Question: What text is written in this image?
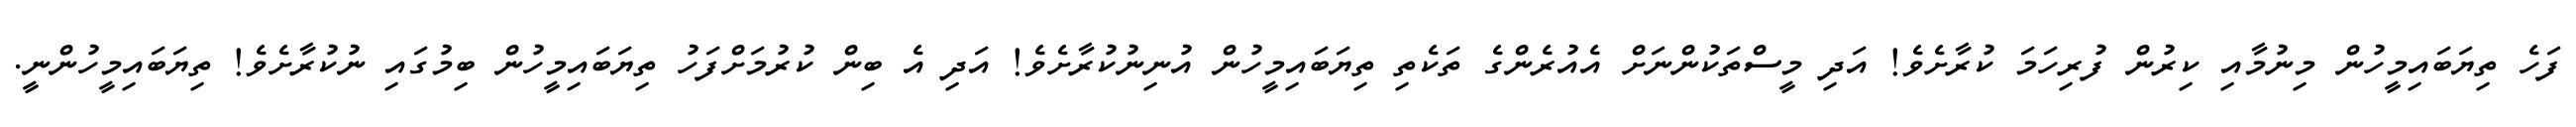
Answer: ފަހެ ތިޔަބައިމީހުން މިނުމާއި ކިރުން ފުރިހަމަ ކުރާށެވެ! އަދި މީސްތަކުންނަށް އެއުރެންގެ ތަކެތި ތިޔަބައިމީހުން އުނިނުކުރާށެވެ! އަދި އެ ބިން ކުރުމަށްފަހު ތިޔަބައިމީހުން ބިމުގައި ނުކުރާށެވެ! ތިޔަބައިމީހުންނީ.